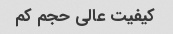
کیفیت عالی حجم کم